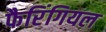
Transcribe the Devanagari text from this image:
फैरिंगियल